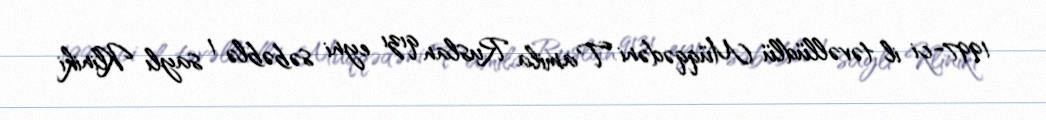
1997-ci il təvəllüdlü Müqqədəni Tamila Ruslan qızı eyni səbəblə 1 saylı Kliniki